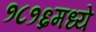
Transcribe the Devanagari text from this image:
१८१६मध्ये